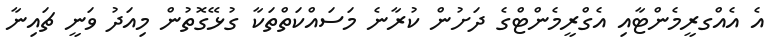
އެ އެއްގރީމެންޓާއި އެގްރީމެންޓްގެ ދަށުން ކުރާނެ މަސައްކަތްތަކާ ގުޅޭގޮތުން މިއަދު ވަނީ ޗައިނާ